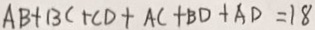
A B + B C + C D + A C + B D + A D = 1 8